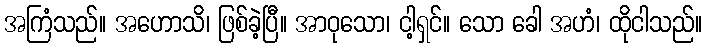
အကြံသည်။ အဟောသိ၊ ဖြစ်ခဲ့ပြီ။ အာဝုသော၊ ငါ့ရှင်။ သော ခေါ အဟံ၊ ထိုငါသည်။